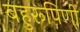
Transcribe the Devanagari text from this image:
बहुरूपिणी